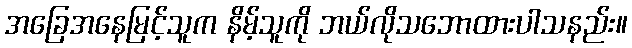
အခြေအနေမြင့်သူက နိမ့်သူကို ဘယ်လိုသဘောထားပါသနည်း။